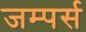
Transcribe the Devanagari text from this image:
जम्पर्स